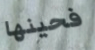
فحينها